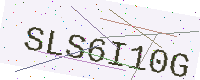
Text: SLS6I10G